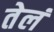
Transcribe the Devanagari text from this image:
तेलं